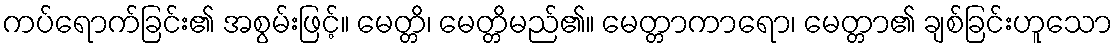
ကပ်ရောက်ခြင်း၏ အစွမ်းဖြင့်။ မေတ္တိ၊ မေတ္တိမည်၏။ မေတ္တာကာရော၊ မေတ္တာ၏ ချစ်ခြင်းဟူသော